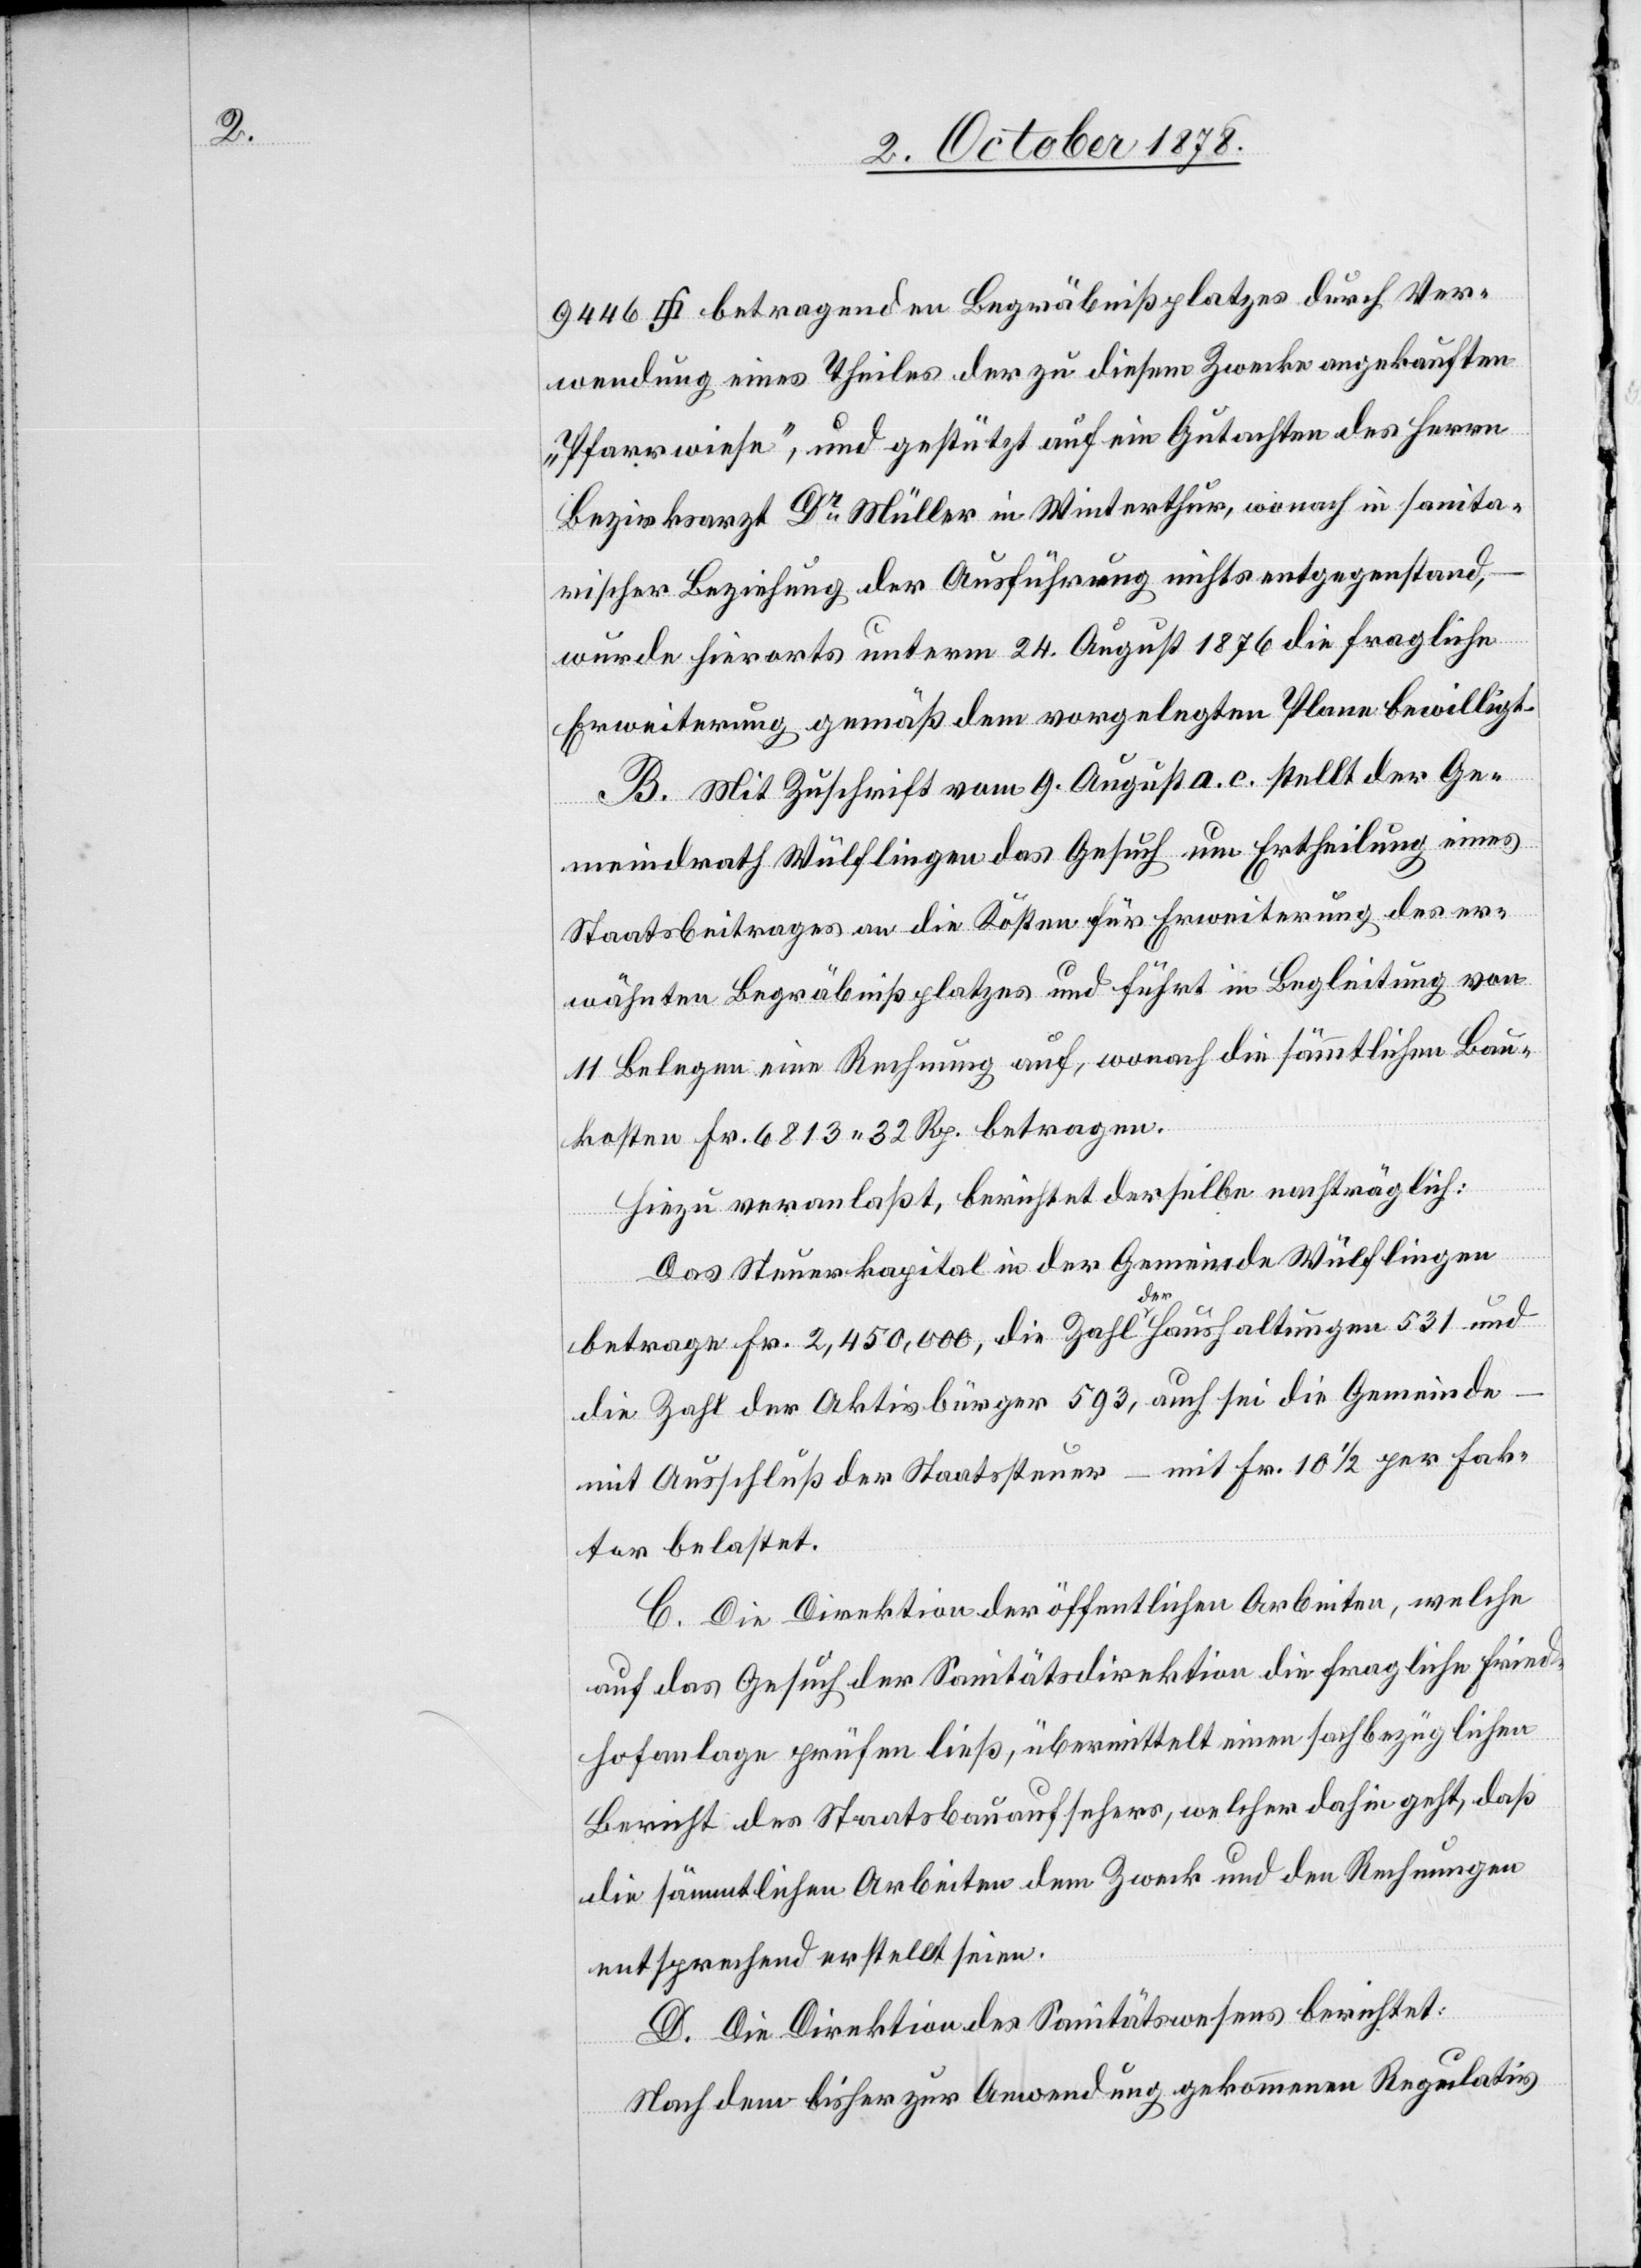
wendung eines Theiles der zu diesem Zwecke angekauften
„Pfarrwiese“, und gestützt auf ein Gutachten des Herrn
Bezirksarzt Dr Müller in Winterthur, wonach in sanita¬
rischer Beziehung der Ausführung nichts entgegenstand,
wurde hierorts unterm 24. August 1876 die fragliche
Erweiterung gemäß dem vorgelegten Plane bewilligt.
B. Mit Zuschrift vom 9. August a. c. stellt der Ge¬
meindrath Wülflingen das Gesuch um Ertheilung eines
Staatsbeitrages an die Kosten für Erweiterung des er¬
wähnten Begräbnißplatzes und führt in Begleitung von
11 Belegen eine Rechnung auf, wonach die sämmtlichen Bau¬
kosten Fr. 6813 32 Rp. betragen.
Hiezu veranlaßt, berichtet derselbe nachträglich:
Das Steuerkapital in der Gemeinde Wülflingen
Ver¬
betrage Fr. 2,450,000, die Zahl der Haushaltungen 531 und
die Zahl der Aktivbürger 593, auch sei die Gemeinde
mit Ausschluß der Staatssteuer – mit Fr. 10 1/2 per Fak¬
tor belastet.
C. Die Direktion der öffentlichen Arbeiten, welche
auf das Gesuch der Sanitätsdirektion die fragliche Fried¬
hofanlage prüfen ließ, übermittelt einen sachbezüglichen
Bericht des Staatsbauaufsehers, welcher dahin geht, daß
die sämmtlichen Arbeiten dem Zweck und den Rechnungen
entsprechend erstellt seien.
D. Die Direktion des Sanitätswesens berichtet:
Nach dem bisher zur Anwendung gekommenen Regulativ